Indian journal of veterinary science and animal husbandry - Volume 11,
Year: 1941
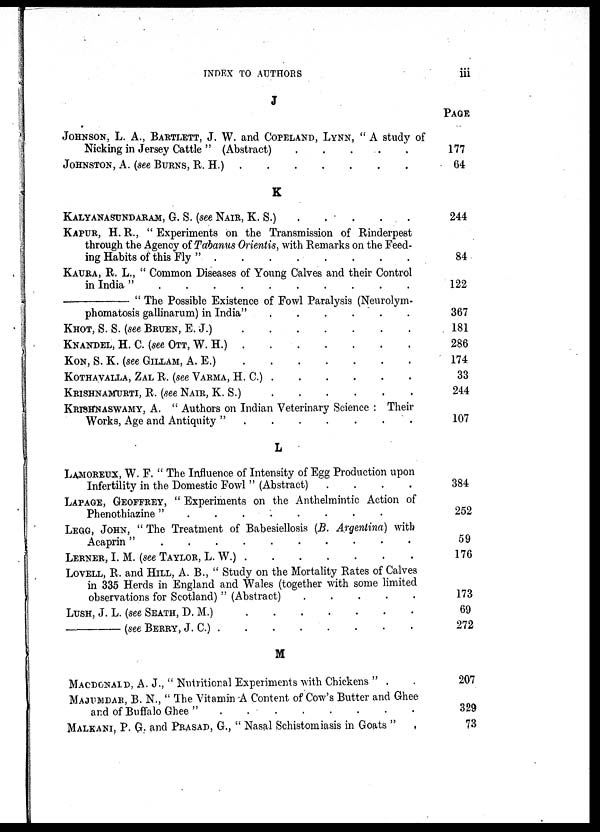
INDEX TO AUTHORS
iii
J
JOHNSON, L. A., BARTLETT, J. W. and COPELAND, LYNN, " A study of
Nicking in Jersey Cattle" (Abstract)
.
.
.
.
.
JOHNSTON, A. (see BURNS, R. H.) . . . . . . .
K
KALYANASUNDARAM, G. S. (see NAIR, K. S.) . . . . .
KAPUR, H. R., " Experiments on the Transmission of Rinderpest
through the Agency of Tabanus Orientis, with Remarks on the Feed-
ing Habits of this Fly " . . . . . . . . . .
KAURA, R. L., " Common Diseases of Young Calves and their Control
in India " . . . . . . . . . .
— The Possible Existence of Fowl Paralysis (Neurolym-
phomatosis gallinarum) in India"
.
.
.
.
.
.
KHOT, S. S. (see BRUEN, E. J.) . . . . . . .
KNANDEL, H. C. (see OTT, W. H.) . . . . . . .
KON, S. K. (see GILLAM, A. E.) . . . . . . .
KOTHAVALLA, ZAL R. (see VARMA, H. C.) . . . . . .
KRISHNAMURTI, R. (see NAIR, K. S.) . . . . . .
KRISHNASWAMY, A. " Authors on Indian Veterinary Science : Their
Works, Age and Antiquity " . . . . . . . . . .
L
LAMORETJX, W. F. " The Influence of Intensity of Egg Production upon
Infertility in the Domestic Fowl " (Abstract) .
.
.
.
LAPAGE, GEOFFREY, " Experiments on the Anthelmintic Action of
Phenothiazine" . . . . . . . . . .
LEGG, JOHN, " The Treatment of Babesiellosis (B. Argentina) with
Acaprin" . . . . . . . . . .
LERNER, I. M. (see TAYLOR, L. W.) . . . . . . .
LOVELL, R. and HILL, A. B., " Study on the Mortality Rates of Calves
in 335 Herds in England and Wales (together with some limited
observations for Scotland) " (Abstract)
.
.
.
.
.
LUSH, J. L. (see SEATH, D. M.) . . . . . . .
—(see BERRY, J. C.) . . . . . . . .
M
MACDONALD. A. J., " Nutritional Experiments with Chickens " . .
MAJUMDAR, B. N., " The Vitamin A Content of Cow's Butter and Ghee
and Buffalo Ghee " . . . . . . . . . .
MALKANI, P. G. and PRASAD, G., " Nasal Schistomiasis in Goats " .
PAGE
177
64
244
84
122
367
181
286
174
33
244
107
384
252
59
176
173
69
272
207
329
73